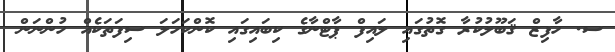
ސ. ހާފިޒް ޤަބޫލުކުރާ ގޮތުގައި ލައިފް ޕާޓްނާގެ ކިބައިގައި ކޮންކަހަލަ ސިފަތަކެއް ހުންނަން